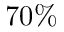
7 0 \%